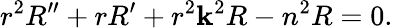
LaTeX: r^{2}R^{\prime\prime}+rR^{\prime}+r^{2}\mathbf{k}^{2}R-n^{2}R=0.